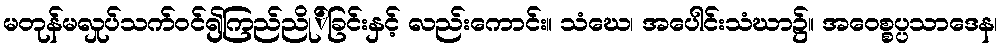
မတုန်မလှုပ်သက်ဝင်၍ကြည်ညို်ခြင်းနှင့် လည်းကောင်း။ သံဃေ၊ အပေါင်းသံဃာ၌။ အဝေစ္စပ္ပသာဒေန၊